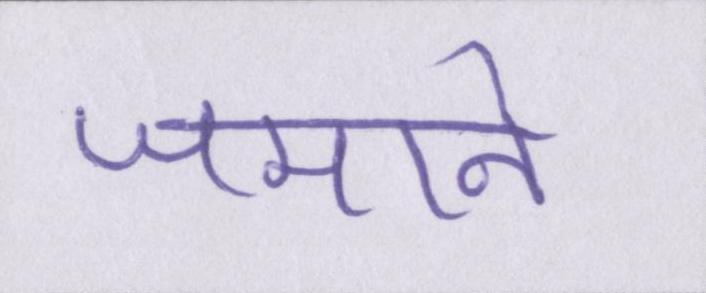
जमाने